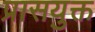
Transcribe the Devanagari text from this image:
प्रासयुक्त